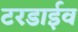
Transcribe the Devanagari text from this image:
टरडाईव